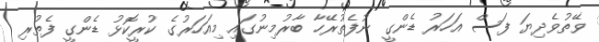
ވޭތުވެދިޔަ ފަސް އަހަރު ޑެންގީ ނުފެތުރޭހާ ބާރުމިނުގައި މިއަހަރުގެ ކުރީކޮޅު ޑެންގީ ފެތުރި